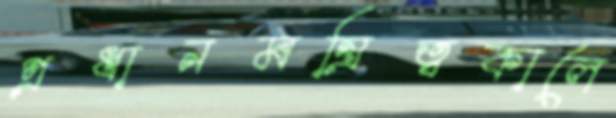
প্রধানমন্ত্রিত্বকালে